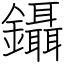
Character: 鑷